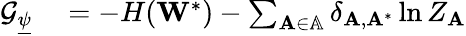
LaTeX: \begin{array}{rl}{\mathcal{G}_{\underline{{\psi}}}}&{{}=-H(\mathbf{W}^{*})-\sum_{\mathbf{A}\in\mathbb{A}}\delta_{\mathbf{A},\mathbf{A}^{*}}\ln Z_{\mathbf{A}}}\end{array}